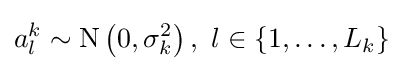
a_{l}^{k}\sim \mathrm {N} \left(0,\mathrm {\sigma } _{k}^{2}\right),\ l\in \{1,\dots ,L_{k}\}